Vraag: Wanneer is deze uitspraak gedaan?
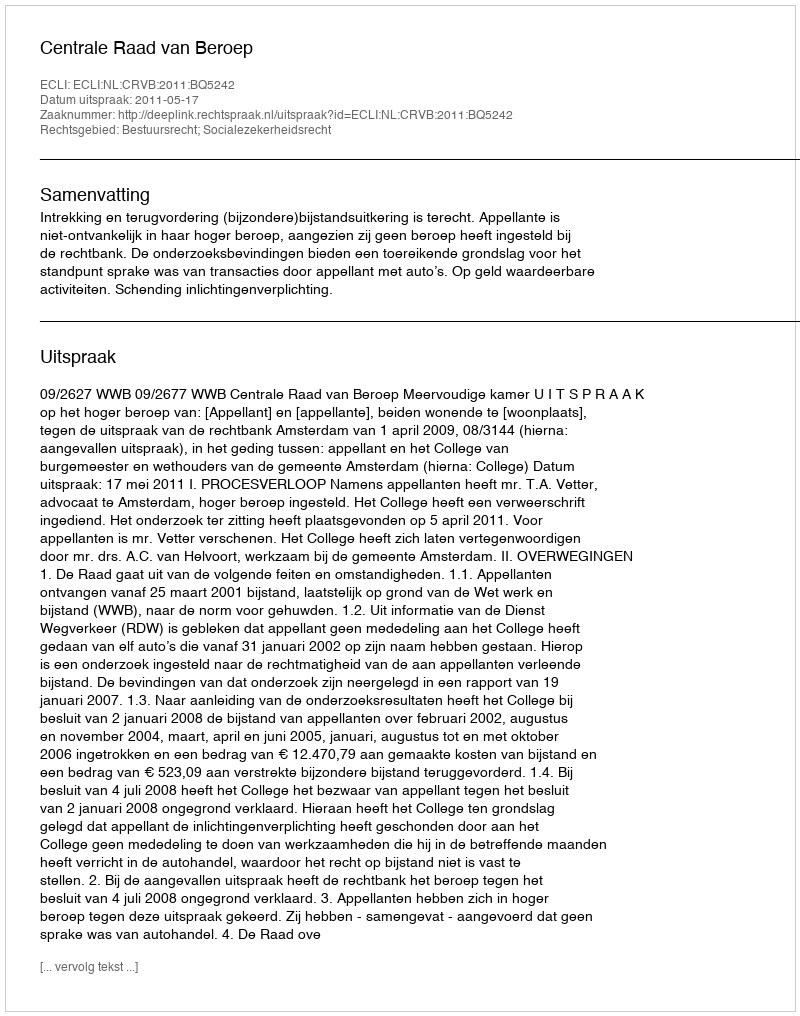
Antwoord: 2011-05-17